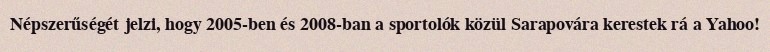
Népszerűségét jelzi, hogy 2005-ben és 2008-ban a sportolók közül Sarapovára kerestek rá a Yahoo!